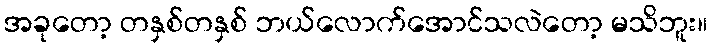
အခုတော့ တနှစ်တနှစ် ဘယ်လောက်အောင်သလဲတော့ မသိဘူး။